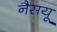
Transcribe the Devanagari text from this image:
नैसयू